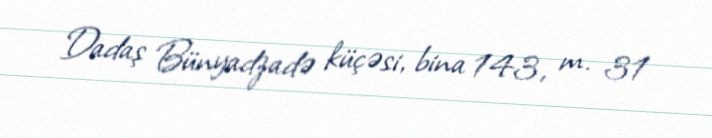
Dadaş Bünyadzadə küçəsi, bina 143, m. 31